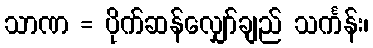
သာဏ = ပိုက်ဆန်လျှော်ချည် သင်္ကန်း၊